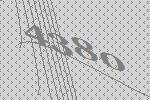
4380